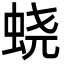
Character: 蛲